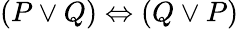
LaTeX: (P\lor Q)\Leftrightarrow(Q\lor P)